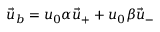
\vec { u } _ { b } = u _ { 0 } \alpha \vec { u } _ { + } + u _ { 0 } \beta \vec { u } _ { - }